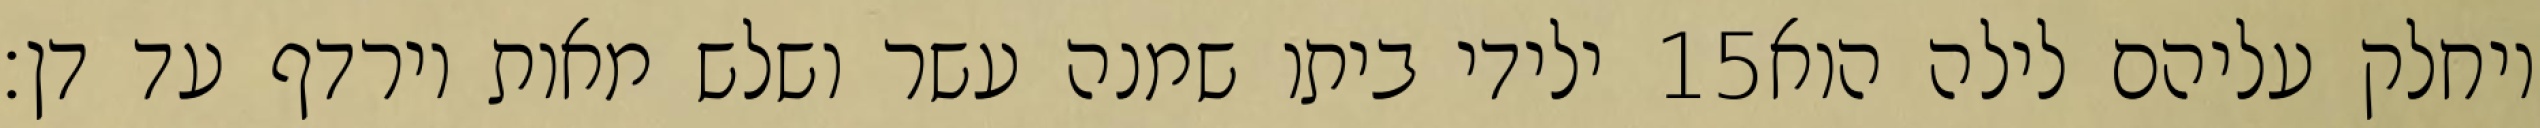
ילידי ביתו שמנה עשר ושלש מאות וירדף עד דן׃ ‎15‏ ויחלק עליהם לילה הוא